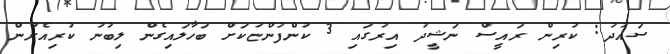
ސައުދު: ކުރިން ރައީސް ނަޝީދު އިރުގައި 3 ކުންފުންޏަކަށް ބަހާލައިގެން ލިބުނު ކުރިއެރުން